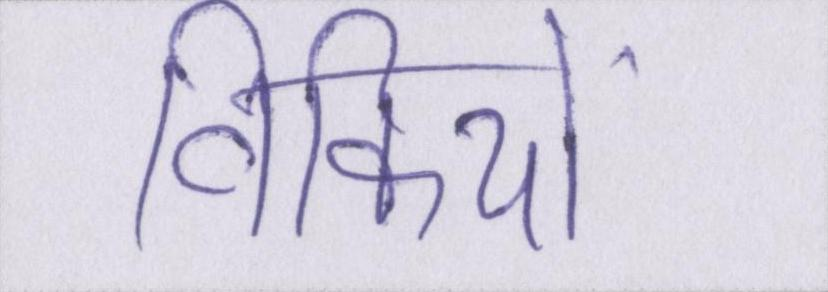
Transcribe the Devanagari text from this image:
विकियों